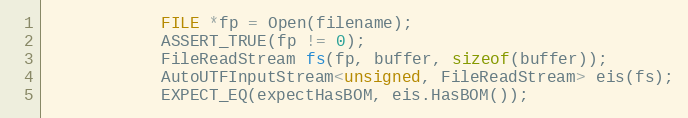
Language: C++
            FILE *fp = Open(filename);
            ASSERT_TRUE(fp != 0);
            FileReadStream fs(fp, buffer, sizeof(buffer));
            AutoUTFInputStream<unsigned, FileReadStream> eis(fs);
            EXPECT_EQ(expectHasBOM, eis.HasBOM());